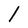
Character: l